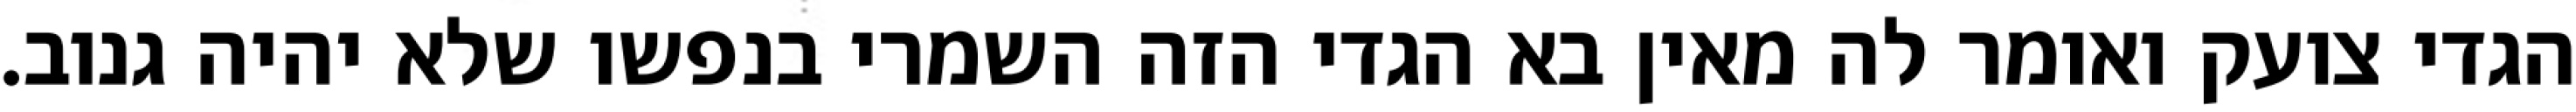
הגדי צועק ואומר לה מאין בא הגדי הזה השמרי בנפשו שלא יהיה גנוב.